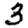
Digit: 3